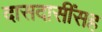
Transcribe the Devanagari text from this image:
दासदासींसह